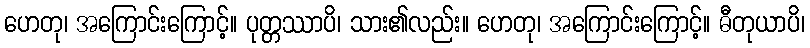
ဟေတု၊ အကြောင်းကြောင့်။ ပုတ္တဿာပိ၊ သား၏လည်း။ ဟေတု၊ အကြောင်းကြောင့်။ ဓီတုယာပိ၊